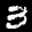
Digit: 3